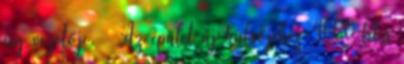
cég vezetője. – Az épület új külsőjéhez 4600 liter